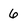
Character: 6